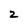
Character: 2